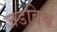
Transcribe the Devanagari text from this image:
जडविश्व